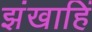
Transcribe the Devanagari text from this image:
झंखाहिं